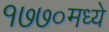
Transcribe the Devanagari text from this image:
१७७०मध्ये